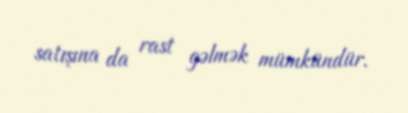
satışına da rast gəlmək mümkündür.